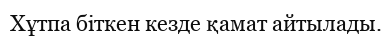
Хұтпа біткен кезде қамат айтылады.